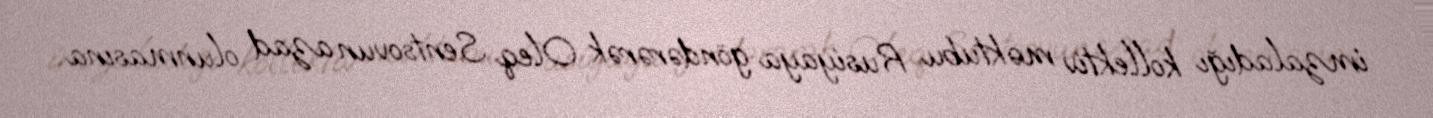
imzaladığı kollektiv məktubu Rusiyaya göndərərək Oleq Sentsovun azad olunmasına